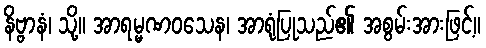
နိဗ္ဗာနံ၊ သို့။ အာရမ္မဏဝသေန၊ အာရုံပြုသည်၏ အစွမ်းအားဖြင့်။